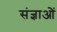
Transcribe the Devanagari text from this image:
संज्ञाओें